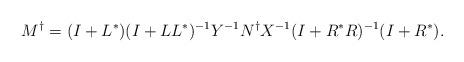
LaTeX: \begin{align*}M^{\dagger}=(I+L^{\ast})(I+LL^{\ast})^{-1}Y^{-1}N^{\dagger}X^{-1}(I+R^{\ast}R)^{-1}(I+R^{\ast}).\end{align*}